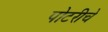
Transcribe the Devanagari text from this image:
पोटरीचे